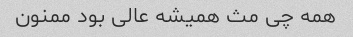
همه چی مث همیشه عالی بود ممنون